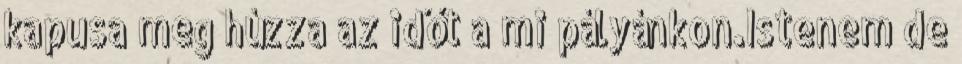
kapusa meg húzza az időt a mi pályánkon.Istenem de